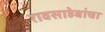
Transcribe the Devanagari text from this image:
रावसाहेबांचा